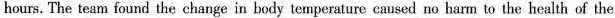
hours. The team found the change in body temperature caused no harm to the health of the